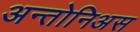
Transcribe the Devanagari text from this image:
अन्तोनिअस